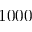
1 0 0 0